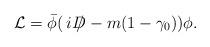
LaTeX: \begin{align*}{\cal L}={\bar{\phi}}(\,i{D\hspace{-0.6em}\slash \hspace{0.15em}}-m(1-\gamma_{0}))\phi . \end{align*}